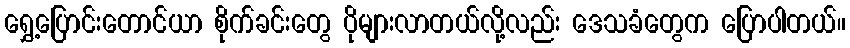
ရွှေ့ပြောင်းတောင်ယာ စိုက်ခင်းတွေ ပိုများလာတယ်လို့လည်း ဒေသခံတွေက ပြောပါတယ်။